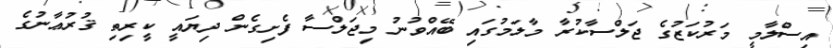
އިސްލާމީ މަރުކަޒުގެ ޖަލްސާކުރާ މާލަމުގައި ބޭއްވުނު މިޖަލްސާ ފެށިގެން ދިޔައީ ކީރިތި ޤުރުޢާނުގެ